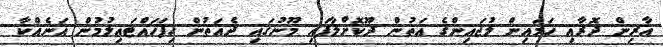
އާރިން ދޮރާއި ހަމައިން ލުޖައިންގެ އަތުން ދޫކޮށްލާފައި މޫނުގައި ދެއަތުން ހިފަހައްޓައިލުމުން އަނެއްކާ